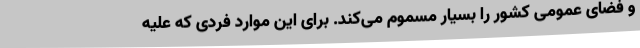
و فضای عمومی کشور را بسیار مسموم می‌کند. برای این موارد فردی که علیه